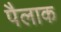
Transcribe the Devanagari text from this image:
पैलाक